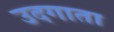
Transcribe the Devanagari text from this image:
उदगाता